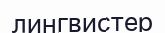
лингвистер